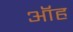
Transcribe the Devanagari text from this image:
ऑह